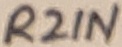
Text: R2IN